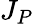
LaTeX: J_{P}